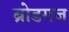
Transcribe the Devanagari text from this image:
ब्रोडगज